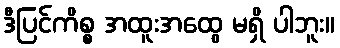
ဒီပြင်ကိစ္စ အထူးအထွေ မရှိ ပါဘူး။